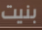
بنيت